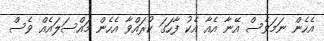
އެހެން ނަމަވެސް އޭނާ އެއާ އެކު ފާހަގަ ކުރައްވާ އެހެން މައްސަލައެއް ވެސް